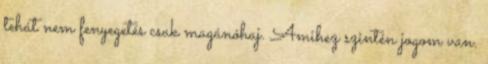
tehát nem fenyegetés csak magánóhaj. Amihez szintén jogom van.